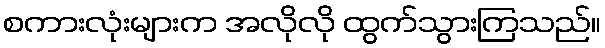
စကားလုံးများက အလိုလို ထွက်သွားကြသည်။